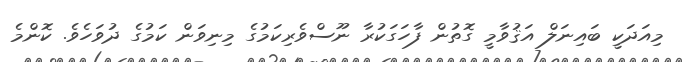
މިއަދަކީ ބައިނަލް އަަޤުވާމީ ގޮތުން ފާހަގަކުރާ ނޫސްވެރިކަމުގެ މިނިވަން ކަމުގެ ދުވަހެވެ. ކޮންމެ